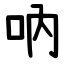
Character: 吶